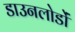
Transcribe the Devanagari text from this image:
डाउनलोडों